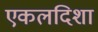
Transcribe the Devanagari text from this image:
एकलदिशा